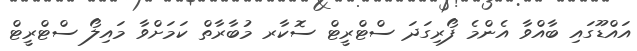
އައްޑޫގައި ބާއްވާ އެންމެ ފޯރިގަދަ ސްޓްރީޓް ސޮކާރ މުބާރާތް ކަމަށްވާ މައިލޯ ސްޓްރީޓް